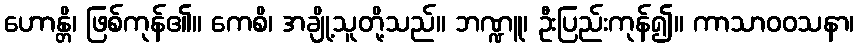
ဟောန္တိ၊ ဖြစ်ကုန်၏။ ကေစိ၊ အချို့သူတို့သည်။ ဘဏ္ဍူ၊ ဦးပြည်းကုန်၍။ ကာသာဝဝသနာ၊